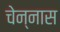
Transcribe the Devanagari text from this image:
चेन्नास